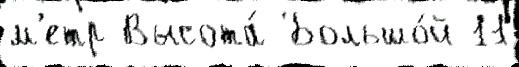
м'етр Высота́ Большо́й 11